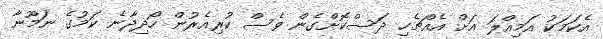
އެކަމަކު އަމިއްލަ އަށް އެއްޗެހި ދަސްކޮށްގެން ވެސް ކުރިއެރުން ހޯދިދާނެ ކަމުގެ ނަމޫނާ